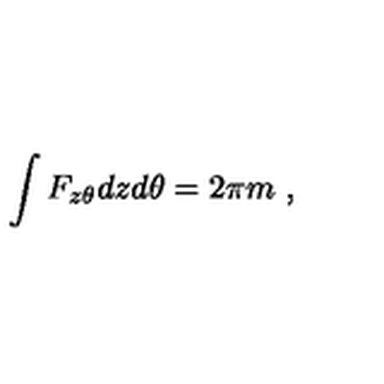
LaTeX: \int F _ { z \theta } d z d \theta = 2 \pi m \ ,